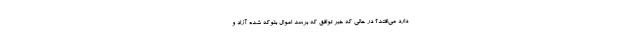
دارد می‌افتد؟ در حالی که خبر توافق که برسد اموال بلوکه شده آزاد و